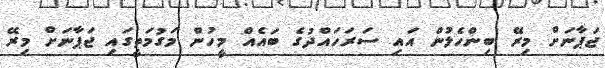
ޖަޕާނަށް މިރޭ ބިންހެލުން އައި ސަރަހައްދުގެ ބައެއް މީހުން މަގުމަތީގައި ޖަޕާނަށް މިރޭ